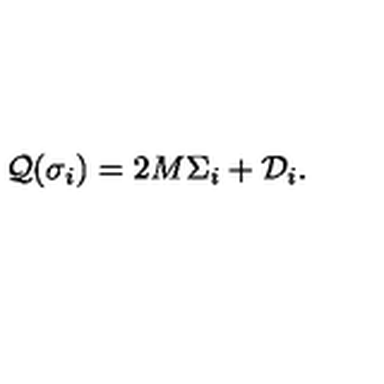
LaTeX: { \cal Q } ( \sigma _ { i } ) = 2 M \Sigma _ { i } + { \cal D } _ { i } .